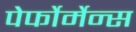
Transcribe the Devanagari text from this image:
पेर्फोर्मेन्स